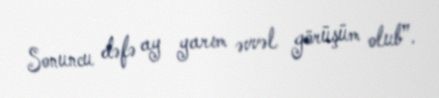
Sonuncu dəfə ay yarım əvvəl görüşüm olub”.